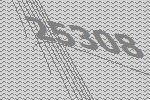
25308